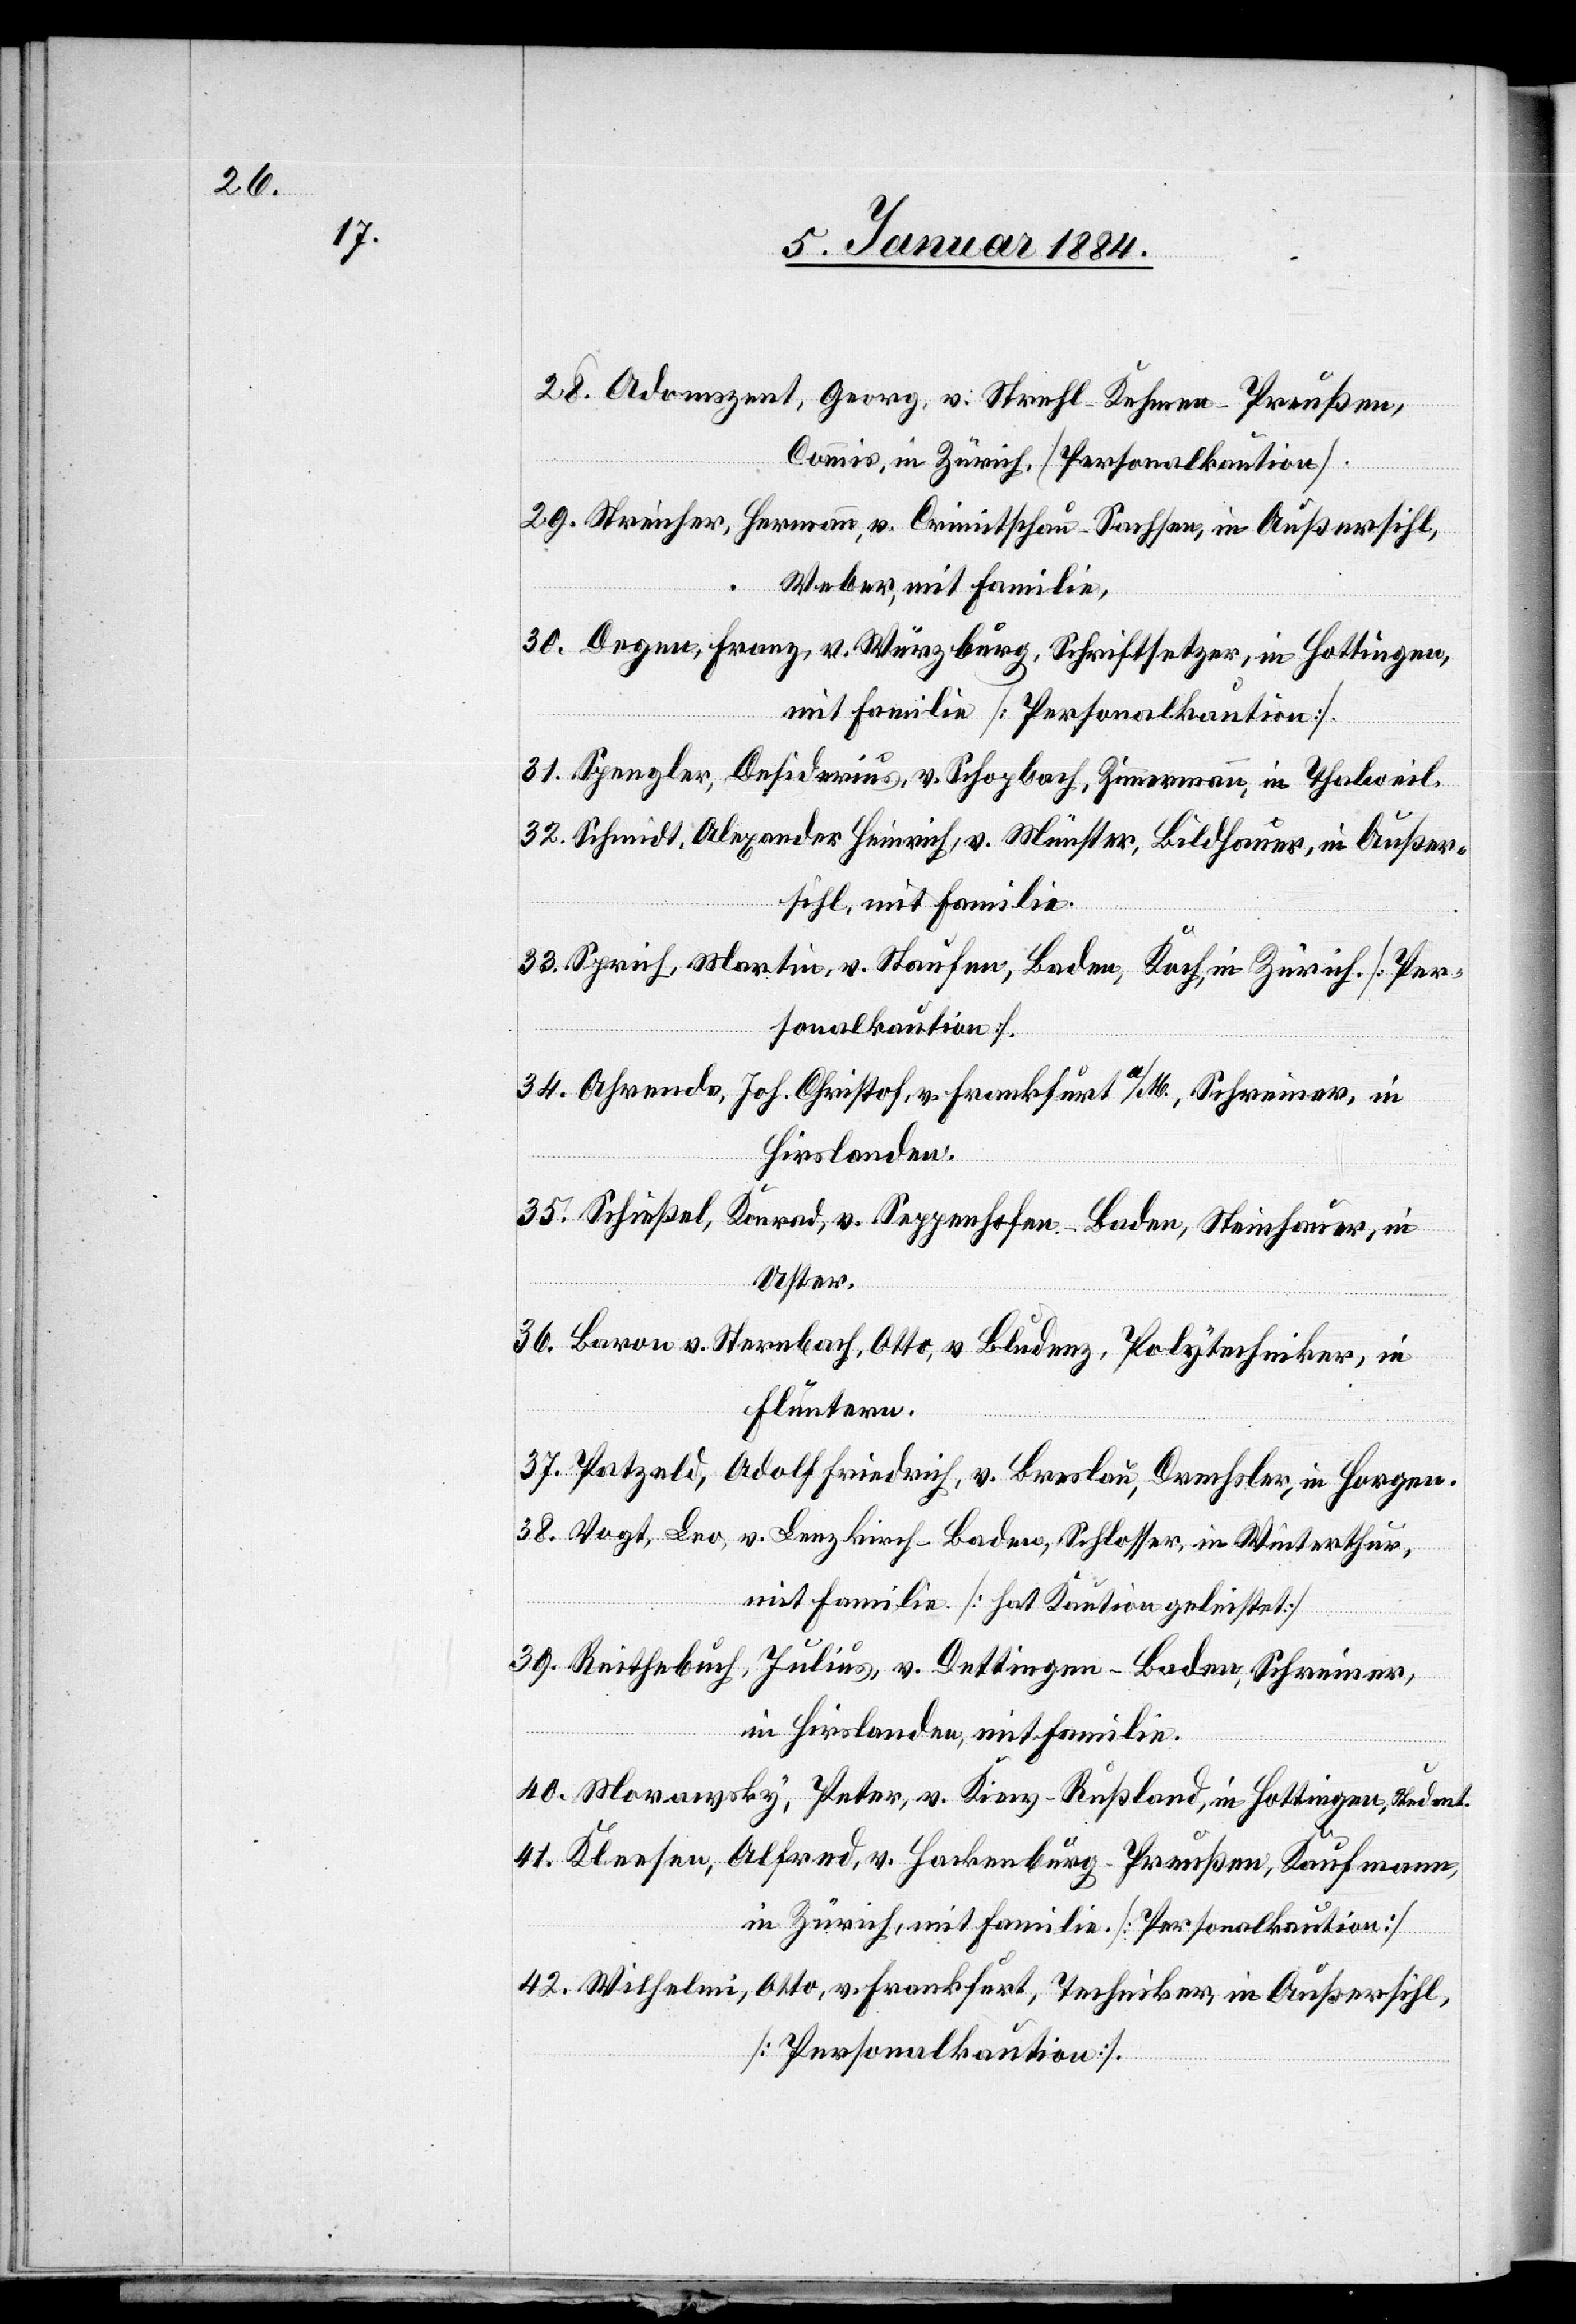
28. Adomszent, Georg, v. Strehl-Kehmen - Preußen,
Commis, in Zürich [Personalkaution].
29. Streicher, Hermann, v. Crimistschau - Sachsen, in Außersihl,
Weber, mit Familie.
30. Degen, Franz, v. Würzburg, Schriftsetzer, in Hottingen,
mit Familie [Personalkaution].
31. Spengler, Desiderius, v. Schopbach, Zimmermann, in Thalweil.
32. Schmidt, Alexander Heinrich, v. Münster, Bildhauer, in Außer¬
sihl, mit Familie.
33. Sprich, Martin, v. Staufen, Baden, Koch, in Zürich [Per¬
sonalkaution].
34. Ahrends, Joh. Christof, v. Frankfurt a./M., Schreiner, in
Hirslanden.
35. Schießel, Konrad, v. Seppenhofen - Baden, Steinhauer, in
Uster.
36. Baron v. Sternbach, Otto, v. Bludenz, Polytechniker, in
Fluntern.
37. Patzeld, Adolf Friedrich, v. Breslau, Drechsler, in Horgen.
38. Vogt, Leo, v. Lenzkirch - Baden, Schlosser, in Winterthur,
mit Familie [hat Kaution geleistet].
39. Reithebuch, Julius, v. Dettingen - Baden, Schreiner,
in Hirslanden, mit Familie.
40. Morawsky, Peter, v. Kienz - Rußland, in Hottingen, Student.
41. Kleesee, Alfred, v. Hackenburg - Preußen, Kaufmann,
in Zürich, mit Familie [Personalkaution].
42. Wilhelm, Otto, v. Frankfurt, Techniker, in Außersihl,
[Personalkaution].